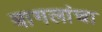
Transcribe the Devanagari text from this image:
बागलांचा